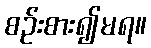
စဉ်းစား၍မရ။